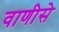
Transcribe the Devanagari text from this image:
वाणीसे